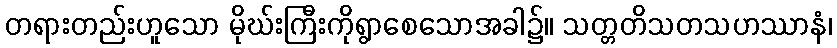
တရားတည်းဟူသော မိုဃ်းကြီးကိုရွာစေသောအခါ၌။ သတ္တတိသတသဟဿာနံ၊